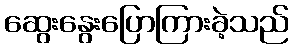
ဆွေးနွေးပြောကြားခဲ့သည်